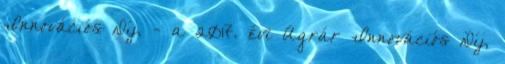
Innovációs Díj, - a 2017. évi Agrár Innovációs Díj,